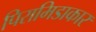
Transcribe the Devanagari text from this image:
पिरामिडाकार